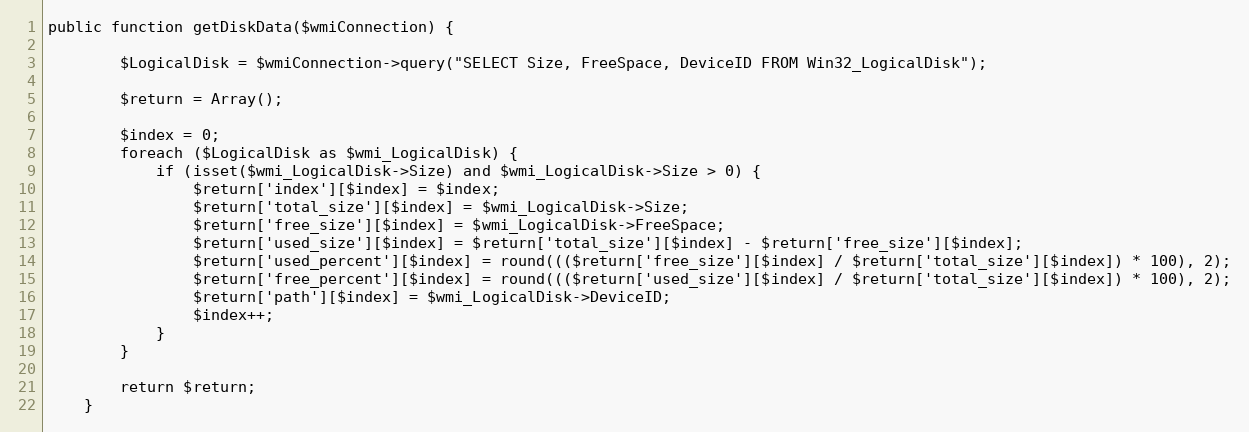
Language: PHP
public function getDiskData($wmiConnection) {

        $LogicalDisk = $wmiConnection->query("SELECT Size, FreeSpace, DeviceID FROM Win32_LogicalDisk");

        $return = Array();

        $index = 0;
        foreach ($LogicalDisk as $wmi_LogicalDisk) {
            if (isset($wmi_LogicalDisk->Size) and $wmi_LogicalDisk->Size > 0) {
                $return['index'][$index] = $index;
                $return['total_size'][$index] = $wmi_LogicalDisk->Size;
                $return['free_size'][$index] = $wmi_LogicalDisk->FreeSpace;
                $return['used_size'][$index] = $return['total_size'][$index] - $return['free_size'][$index];
                $return['used_percent'][$index] = round((($return['free_size'][$index] / $return['total_size'][$index]) * 100), 2);
                $return['free_percent'][$index] = round((($return['used_size'][$index] / $return['total_size'][$index]) * 100), 2);
                $return['path'][$index] = $wmi_LogicalDisk->DeviceID;
                $index++;
            }
        }

        return $return;
    }